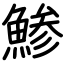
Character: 鯵